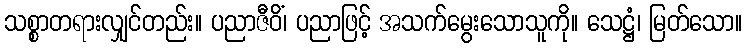
သစ္စာတရားလျှင်တည်း။ ပညာဇီဝိံ၊ ပညာဖြင့် အသက်မွေးသောသူကို။ သေဋ္ဌံ၊ မြတ်သော။